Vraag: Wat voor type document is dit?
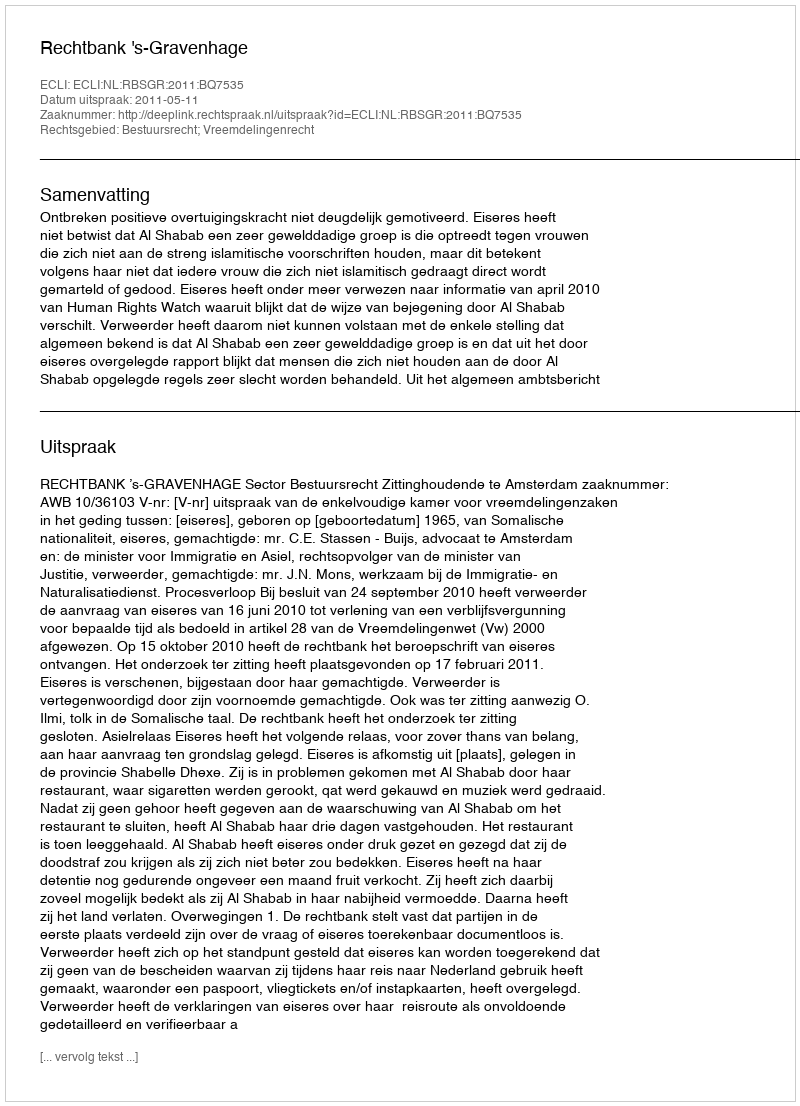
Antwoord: Uitspraak